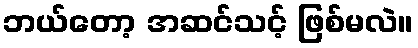
ဘယ်တော့ အဆင်သင့် ဖြစ်မလဲ။